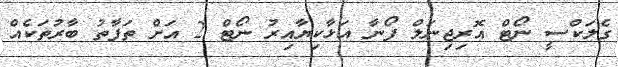
ގެލަކްސީ ނޯޓް އޮރިޖިނަލް ފޯނާ އަޅާކިޔާއިރު ނޯޓް 2 އަށް ތަފާތު ބާރުތަކެއް